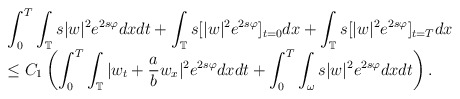
\begin{align*}\begin{array}{l} \displaystyle\int_{0}^{T}\int_{\mathbb{T}}s|w|^2e^{2s\varphi}dxdt+\int_{\mathbb{T}}s[|w|^2e^{2s\varphi}]_{t=0}dx+\int_{\mathbb{T}}s[|w|^2e^{2s\varphi}]_{t=T}dx\\ \leq C_1\displaystyle\left(\int_{0}^{T}\int_{\mathbb{T}}|w_t+\frac{a}{b}w_x|^2e^{2s\varphi}dxdt+\int_{0}^{T}\int_{\omega}s|w|^2e^{2s\varphi}dxdt\right).\end{array}\end{align*}